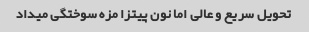
تحویل سریع و عالی اما نون پیتزا مزه سوختگی میداد